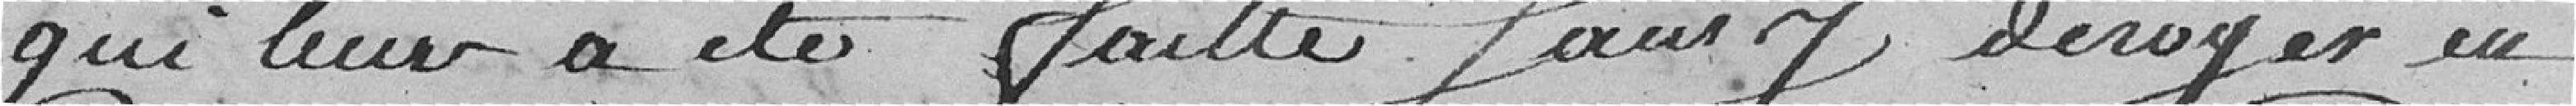
qui leur a été faire sans y déroger en